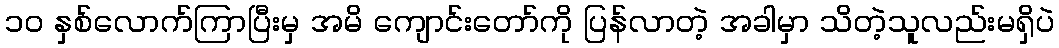
၁၀ နှစ်လောက်ကြာပြီးမှ အမိ ကျောင်းတော်ကို ပြန်လာတဲ့ အခါမှာ သိတဲ့သူလည်းမရှိပဲ